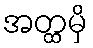
အတ္ထမှိ